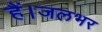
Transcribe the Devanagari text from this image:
हैं।जलभर